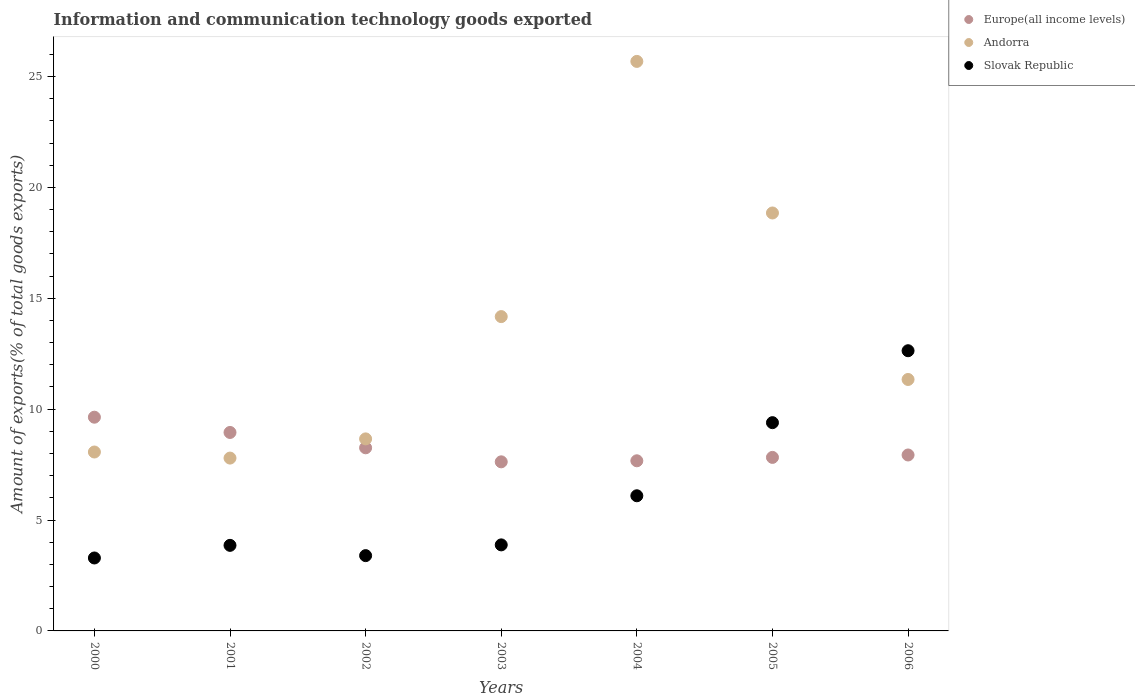
| Years | Europe(all income levels) | Andorra | Slovak Republic |
 | --- | --- | --- | --- |
 | 2000 | 9.64 | 8.07 | 3.29 |
 | 2001 | 8.95 | 7.79 | 3.86 |
 | 2002 | 8.26 | 8.66 | 3.4 |
 | 2003 | 7.63 | 14.2 | 3.88 |
 | 2004 | 7.67 | 25.7 | 6.09 |
 | 2005 | 7.83 | 18.8 | 9.39 |
 | 2006 | 7.93 | 11.3 | 12.6 |